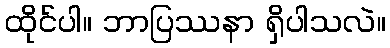
ထိုင်ပါ။ ဘာပြဿနာ ရှိပါသလဲ။